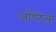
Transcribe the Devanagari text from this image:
ऑण्टेला